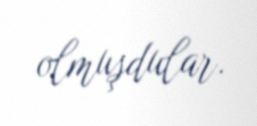
olmuşdular.